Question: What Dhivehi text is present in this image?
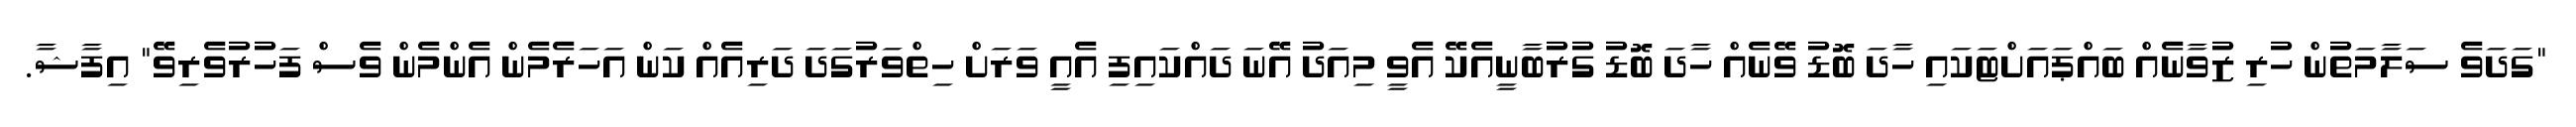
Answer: "ގަދަވެ ސަލާމަތުން ހުރި ޒުވާނެއް ބައްޕައަށްޓަކައި ހާދަ ބޮޑު ވޭނެއް ހާދަ ބޮޑު ގުރުބާނީއެކޭ އެވީ މިއަދު އޭނަ ދައްކައިފި އެއީ ވަރަށް ހިތްވަރުގަދަ ދަރިއެއް ކަން އަހަރެމެން އެންމެން ވެސް ފަހުރުވެރިވޭ" އިފާޝާ.